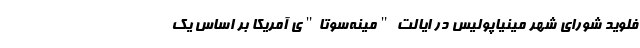
فلوید شورای شهر مینیاپولیس در ایالت "مینه‌سوتا"ی آمریکا بر اساس یک